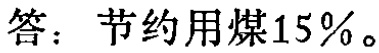
答：节约用煤15\%。